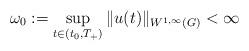
LaTeX: \begin{align*} \omega_0 := \sup_{t \in (t_0, T_+)} \|u(t)\|_{W^{1,\infty}(G)} < \infty \end{align*}